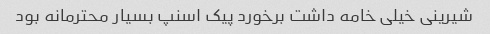
شیرینی خیلی خامه داشت برخورد پیک اسنپ بسیار محترمانه بود